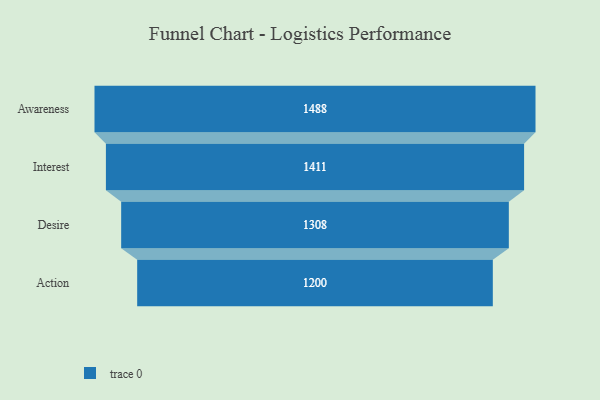
{"axis": {"x": "Stage", "y": "Value"}, "legend": [""], "data": [{"x": "Awareness", "y": 1488.0, "type": ""}, {"x": "Interest", "y": 1411.0, "type": ""}, {"x": "Desire", "y": 1308.0, "type": ""}, {"x": "Action", "y": 1200.0, "type": ""}]}